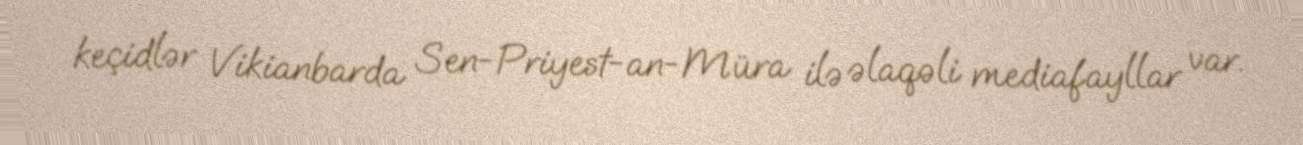
keçidlər Vikianbarda Sen-Priyest-an-Müra ilə əlaqəli mediafayllar var.